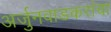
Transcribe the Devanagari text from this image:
अर्जुनवाडकरांचा